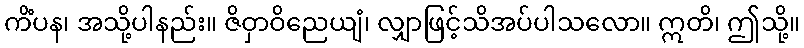
ကိံပန၊ အသို့ပါနည်း။ ဇိဝှာဝိညေယျံ၊ လျှာဖြင့်သိအပ်ပါသလော။ ဣတိ၊ ဤသို့။